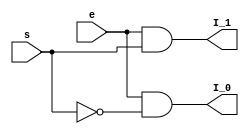
module decoder_21(
    input e,s,
	 output I_0,I_1
);
assign I_0= e & (!s);
assign I_1= e & (s);
endmodule

module decoder_42(
input s_0,s_1,e,
output q_0,q_1,q_2,q_3
    );
	 
decoder_21 first(!s_1 & e,s_0,q_0,q_1);
decoder_21 second(s_1 & e,s_0,q_2,q_3);
endmodule

module decoder_83(
input s_0,s_1,s_2,e,
output q_0,q_1,q_2,q_3,q_4,q_5,q_6,q_7
    );
decoder_42 first(s_2,s_1,e & s_0,q_0,q_1,q_2,q_3);
decoder_42 second(s_2,s_1,e & !s_0,q_4,q_5,q_6,q_7);
endmodule